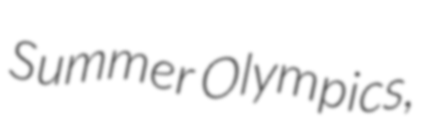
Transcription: Summer Olympics,